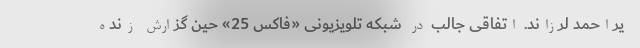
یراحمد لرزاند. اتفاقی جالب در شبکه تلویزیونی «فاکس 25» حین گزارش زنده